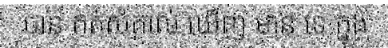
បាន កត់សំគាល់ ឃើញ មាន ទេ ក្នុង